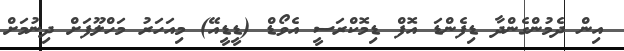
އިން ދެމުންގެންދާ ޑިފެންޑަ އޮފް ޑިމޮކްރަސީ އެވޯޑް (ޑީޑީއޭ) މިއަހަރު މަހްލޫފަށް ދިނުމަށް